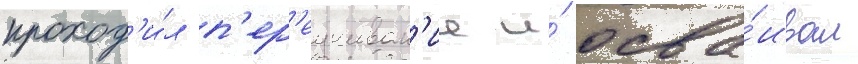
проход'и́л п'ер'еучиван'ие и́ осва́ивал